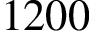
1 2 0 0